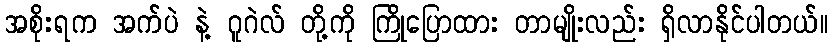
အစိုးရက အက်ပဲ နဲ့ ဂူဂဲလ် တို့ကို ကြိုပြောထား တာမျိုးလည်း ရှိလာနိုင်ပါတယ်။